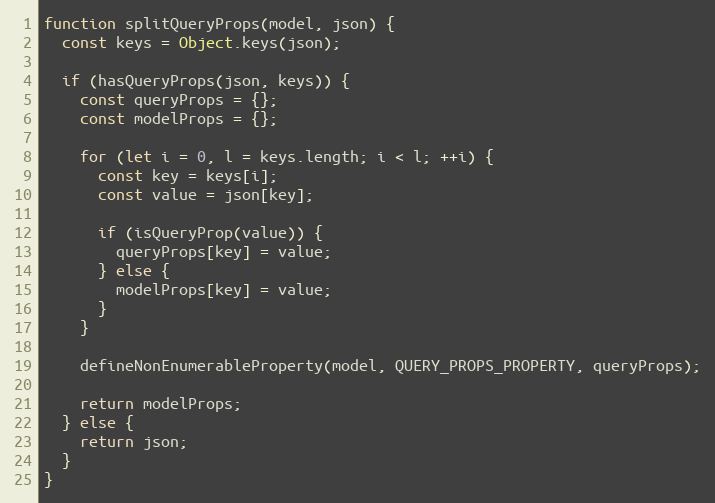
Language: JavaScript
function splitQueryProps(model, json) {
  const keys = Object.keys(json);

  if (hasQueryProps(json, keys)) {
    const queryProps = {};
    const modelProps = {};

    for (let i = 0, l = keys.length; i < l; ++i) {
      const key = keys[i];
      const value = json[key];

      if (isQueryProp(value)) {
        queryProps[key] = value;
      } else {
        modelProps[key] = value;
      }
    }

    defineNonEnumerableProperty(model, QUERY_PROPS_PROPERTY, queryProps);

    return modelProps;
  } else {
    return json;
  }
}